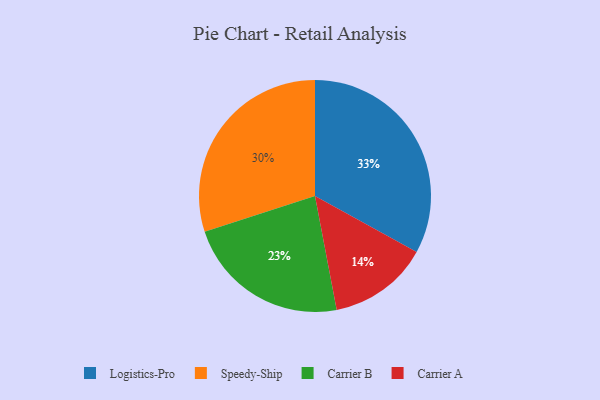
{"axis": {"x": "Category", "y": "Percentage"}, "legend": ["Carrier A", "Carrier B", "Logistics-Pro", "Speedy-Ship"], "data": [{"x": "Carrier B", "y": 23, "type": "Carrier B"}, {"x": "Logistics-Pro", "y": 33, "type": "Logistics-Pro"}, {"x": "Carrier A", "y": 14, "type": "Carrier A"}, {"x": "Speedy-Ship", "y": 30, "type": "Speedy-Ship"}]}